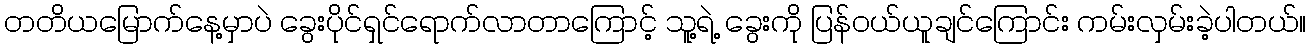
တတိယမြောက်နေ့မှာပဲ ခွေးပိုင်ရှင်ရောက်လာတာကြောင့် သူ့ရဲ့ ခွေးကို ပြန်ဝယ်ယူချင်ကြောင်း ကမ်းလှမ်းခဲ့ပါတယ်။